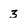
Character: 3